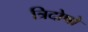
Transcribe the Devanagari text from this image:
त्रिदोषो